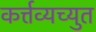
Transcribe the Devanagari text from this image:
कर्त्तव्यच्युत